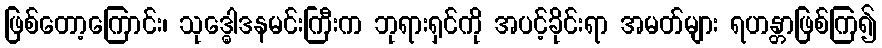
ဖြစ်တော့ကြောင်း၊ သုဒ္ဓေါဒနမင်းကြီးက ဘုရားရှင်ကို အပင့်ခိုင်းရာ အမတ်များ ရဟန္တာဖြစ်ကြ၍